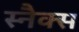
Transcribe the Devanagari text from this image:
स्‍नैक्स